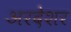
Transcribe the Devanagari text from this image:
अरदेशर